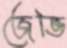
জেভি